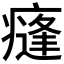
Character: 𭼣